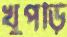
খুপড়ি